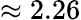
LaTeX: \approx 2.26